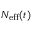
N _ { \mathrm { e f f } } ( t )